Papers set at the Examination for Leaving Certificates, 1894
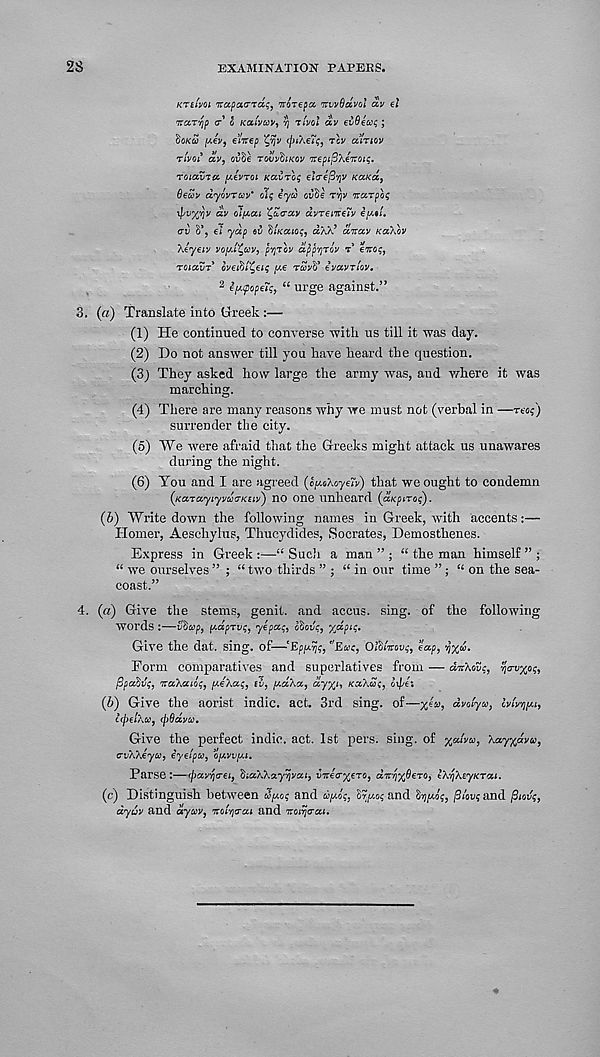
28
EXAMINATION PAPERS.
Krtlvm napaa-nds, itirepa, mvSdvol dv el
Trarqp a o Kaivuv, vj 'zivol dv evOecc; ;
ocku
elVep ' C'V (piXe7^ tcv ccitiov
TLVOl dv, OuSe TOVvblKW KeptpXe’TtOlf.
TOicana. i/Jvtoi Ka.bTOf ejirejStjv Kaied,
decoy dyovTcoy’ 'Ac eyco cy^e Try TcccTpot;
ipv/yjv dv oiy.c/.i CcLcrciv d.vTeirce'iv ey.tL
av 8’, el yap ei iiKatoc, dW’ delay Ka'/dv
Xeyeiv veyJ'Ccoy, pryov dppvjroy t 1 eTtog,
roiavT ivediCeiq pee rdvo evavTiov.
2 ipupopeTg, “ urge against.”
3. (a) Translate into Greek :—
(1) He continued to converse with us till it was day.
(2) Do not answer till you have heard the question.
(3j They asked how large the army was, and where it was
marching.
(4) There are many reasons why we must not (verbal in —reog)
surrender the city.
(5) We were afraid that the Greeks might attack us unawares
during the night.
(6) You and I are agreed (cpiehoyeiv) that we ought to condemn
{KaiayiyvciaKtiv) no one unheard (aKpiro;).
(6) Write down the following names in Greek, with accents:—
Homer, Aeschylus, Thucydides, Socrates, Demosthenes.
Express in Greek :—“ Such a man ” ; “ the man himself ” ;
“ we ourselves ” ; “ two thirds ” ; “ in our time ”; “ on the sea-
coast.”
4. (a) Give the stems, genit. and accus. sing, of the following
words :—v?)cop, i/.dprvc } yepag, cCjgvc, ydoic.
Give the dat. sing, of—"Epaejc, "Ecoc, OlSvmvg, eap, yx<Z.
Form comparatiA'es and superlatives from — dv'Aovg, yavxog,
jopaZvq. naXaiic, y-eXag, iv, y.d/.a, dyyy, kx\uc, cepi:
(6) Give the aorist indie, act. 3rd sing, of—yjv, dvolya, Ivlvqyi,
ccpelXa, cpOdvw.
Give the perfect indie, act. 1st pers. sing, of
kay^dveo,
avXXeyco, eyeipu, oij.vvy.t.
Parse:—epavrj&ei, '(AatA.a.yrya.y vr.cayyz'j^ amjj/flcTO, VkqKeyKTou.
(c) Distinguish between A yep and tipiog, Irpcog and
plovg and fSiovg,
dyuv and dycov, Tcot-qaai and Toirjaai.